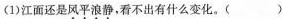
(1)江面还是风平浪静，看不出有什么变化。()